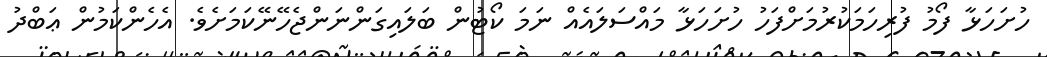
ހުށަހަޅާ ފޯމު ފުރިހަމަކުރުމަށްފަހު ހުށަހަޅާ މައްސަލައެއް ނަމަ ކޯޓުން ބަލައިގަންނަންޖެހޭނޭކަމަށެވެ. އެހެންކަމުން ޢަބްދު